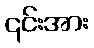
၎င်းအား